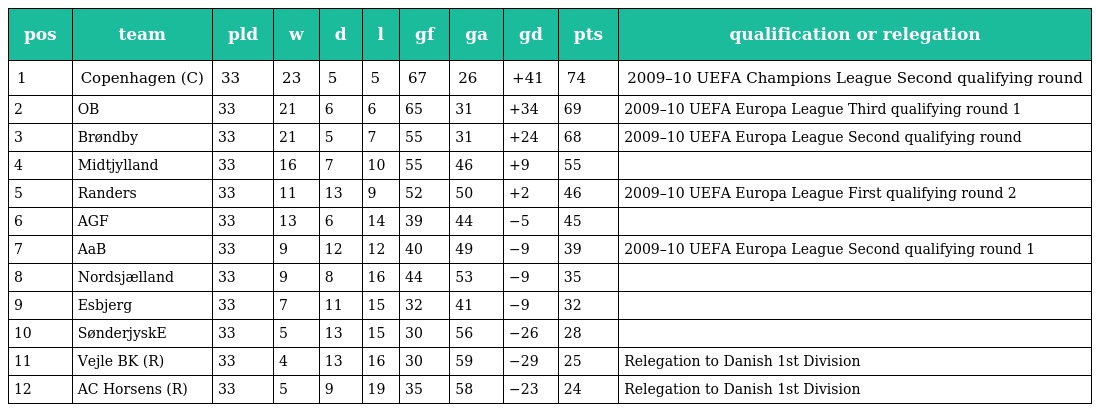
| pos | team | pld | w | d | l | gf | ga | gd | pts | qualification or relegation |
 | --- | --- | --- | --- | --- | --- | --- | --- | --- | --- | --- |
 | 1 | Copenhagen (C) | 33 | 23 | 5 | 5 | 67 | 26 | +41 | 74 | 2009–10 UEFA Champions League Second qualifying round |
 | 2 | OB | 33 | 21 | 6 | 6 | 65 | 31 | +34 | 69 | 2009–10 UEFA Europa League Third qualifying round 1 |
 | 3 | Brøndby | 33 | 21 | 5 | 7 | 55 | 31 | +24 | 68 | 2009–10 UEFA Europa League Second qualifying round |
 | 4 | Midtjylland | 33 | 16 | 7 | 10 | 55 | 46 | +9 | 55 |  |
 | 5 | Randers | 33 | 11 | 13 | 9 | 52 | 50 | +2 | 46 | 2009–10 UEFA Europa League First qualifying round 2 |
 | 6 | AGF | 33 | 13 | 6 | 14 | 39 | 44 | −5 | 45 |  |
 | 7 | AaB | 33 | 9 | 12 | 12 | 40 | 49 | −9 | 39 | 2009–10 UEFA Europa League Second qualifying round 1 |
 | 8 | Nordsjælland | 33 | 9 | 8 | 16 | 44 | 53 | −9 | 35 |  |
 | 9 | Esbjerg | 33 | 7 | 11 | 15 | 32 | 41 | −9 | 32 |  |
 | 10 | SønderjyskE | 33 | 5 | 13 | 15 | 30 | 56 | −26 | 28 |  |
 | 11 | Vejle BK (R) | 33 | 4 | 13 | 16 | 30 | 59 | −29 | 25 | Relegation to Danish 1st Division |
 | 12 | AC Horsens (R) | 33 | 5 | 9 | 19 | 35 | 58 | −23 | 24 | Relegation to Danish 1st Division |